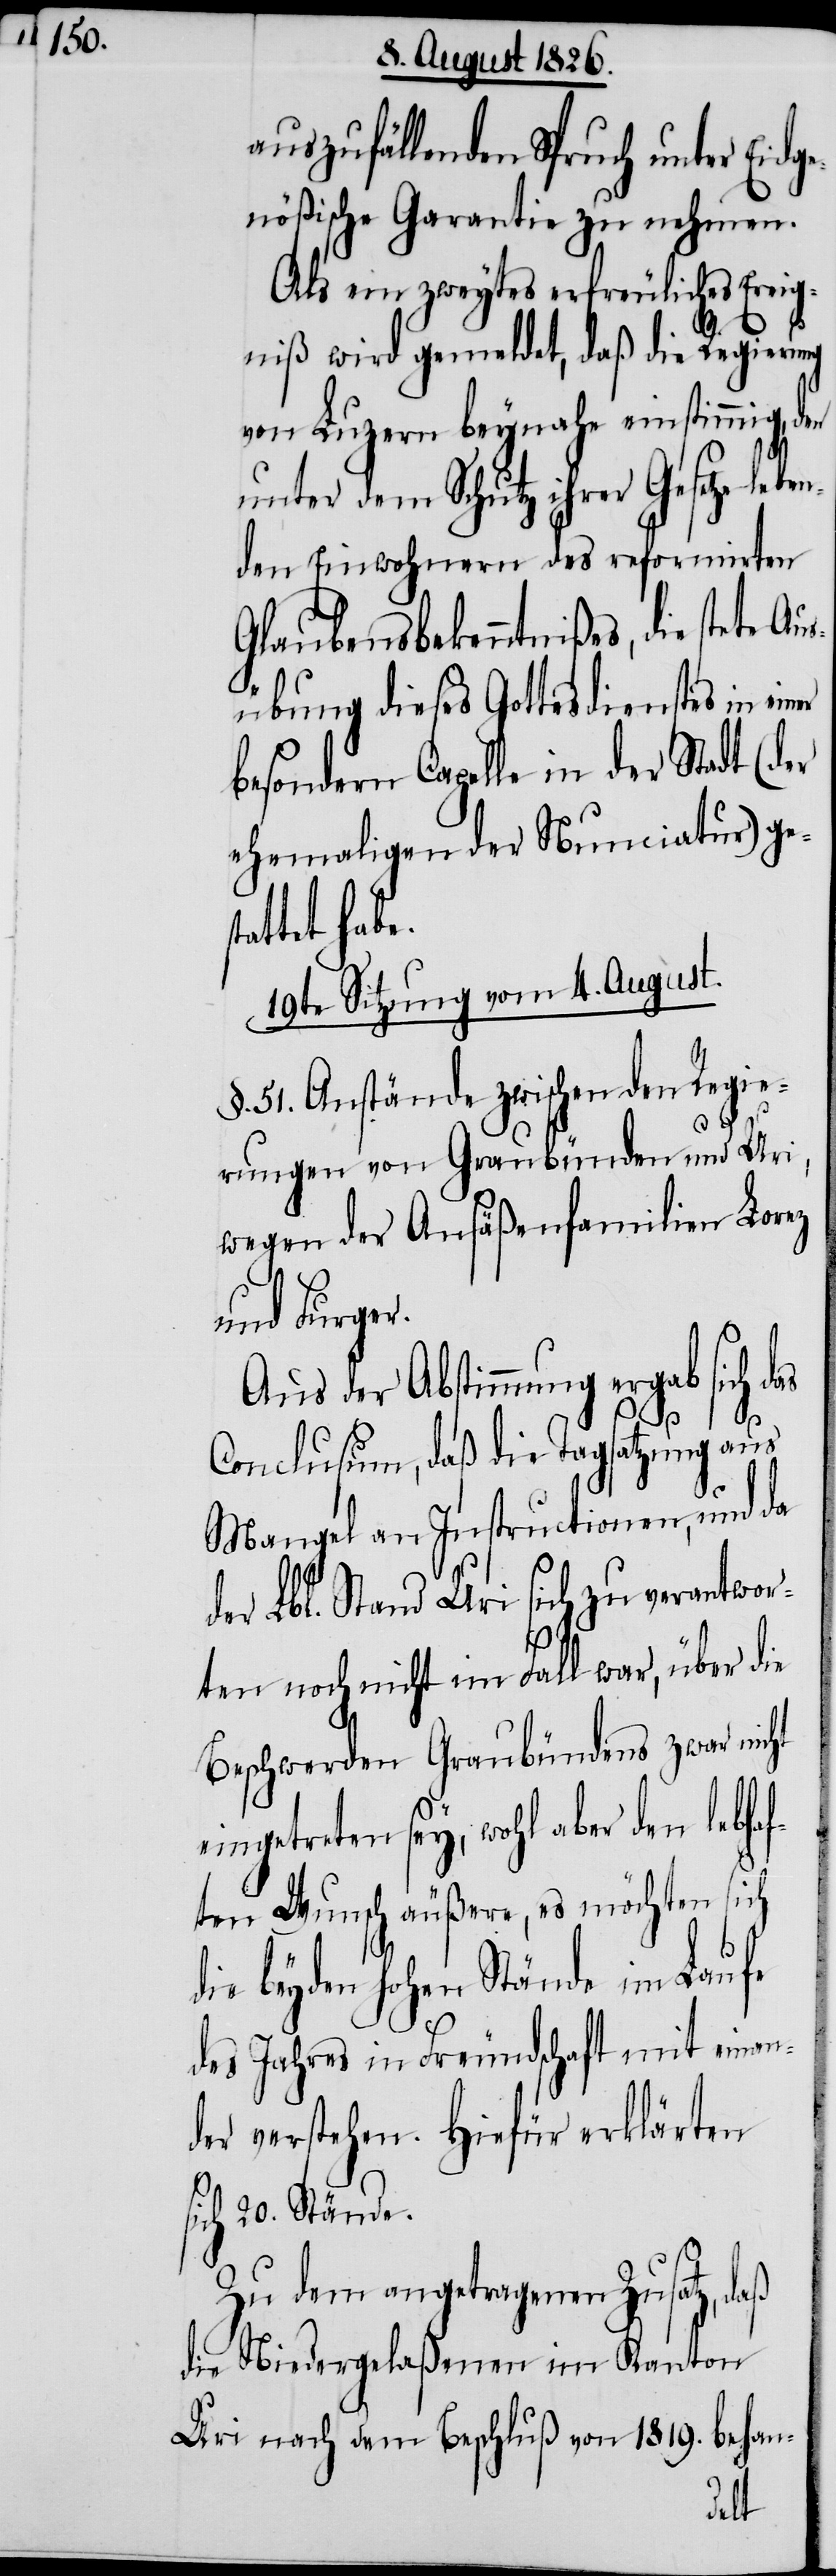
auszufällenden Spruch unter Eidge¬
nößische Garantie zu nehmen.
Als ein zweytes erfreuliches Ereig¬
niß wird gemeldet, daß die Regierung
von Luzern beynahe einstimmig, den
unter dem Schutz ihrer Gesetze le¬
den Einwohnern des reformirten
Glaubensbekenntnißes, die stete A¬
übung dieses Gottesdienstes in ein¬
besondern Capelle in der Stadt (der
ehemaligen der Nunciatur) ge¬
tet habe.
19te Sitzung vom 4. August.
§. 51. Anstände zwischen den Regie¬
rungen von Graubünden und Uri,
wegen der Ansäßenfamilien Lorez
und Furger.
Aus der Abstimmung ergab sich das
Conclusum, daß die Tagsatzung aus
Mangel an Instructionen, und da
der Lbl. Stand Uri sich zu verantwor¬
ten noch nicht im Fall war, über die
Beschwerden Graubündens zwar nicht
eingetreten sey, wohl aber den lebha¬
ften Wunsch äußere, es möchten sich
die beyden hohen Stände im Laufe
des Jahres in Freundschaft miteinan¬
der verstehen. Hiefür erklärten
sich 20. Stände.
Zu dem angetragenen Zusatz, daß
die Niedergelaßenen im Kanton
Uri nach dem Beschluß von 1819. behan-
er